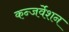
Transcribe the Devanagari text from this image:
कन्जर्वेशन